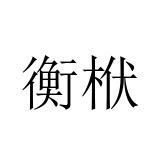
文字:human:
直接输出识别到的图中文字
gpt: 衡栿